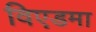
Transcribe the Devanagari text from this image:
विएडमा